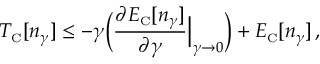
T _ { \scriptscriptstyle \mathrm { C } } [ n _ { \gamma } ] \leq - \gamma \bigg ( \frac { \partial E _ { \scriptscriptstyle \mathrm { C } } [ n _ { \gamma } ] } { \partial \gamma } \Bigr | _ { \gamma \to 0 } \bigg ) + E _ { \scriptscriptstyle \mathrm { C } } [ n _ { \gamma } ] \, ,